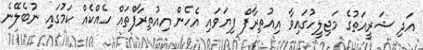
އަދި ޝަރީއަތުގެ މަޖިލީހުގައިވާ އިއުތިރާފް ފިޔަވައި އެހެން އިއުތިރާފްތައް ހެއްކެއް ކަމުގައި ނުބެލޭނެ